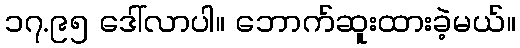
၁၇.၉၅ ဒေါ်လာပါ။ ဘောက်ဆူးထားခဲ့မယ်။